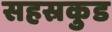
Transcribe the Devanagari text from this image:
सहस्रकुड